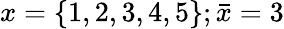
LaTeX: x=\{ 1,2,3,4,5\} ;{\bar{x}}=3